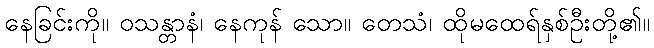
နေခြင်းကို။ ဝသန္တာနံ၊ နေကုန် သော။ တေသံ၊ ထိုမထေရ်နှစ်ဦးတို့၏။